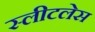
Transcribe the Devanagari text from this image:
स्लीटलेस